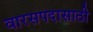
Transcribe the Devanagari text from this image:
वारसपदासाठी